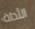
الأداة